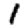
Digit: 1